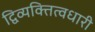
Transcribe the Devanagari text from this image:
द्विव्यक्तित्वधारी